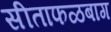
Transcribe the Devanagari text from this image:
सीताफळबाग